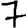
Digit: 7